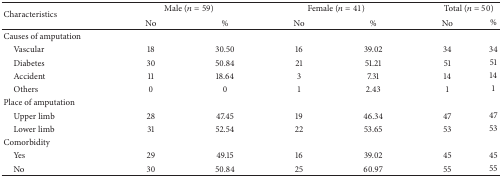
<table><thead><tr><td rowspan="2"><b>Characteristics</b></td><td colspan="2"><b>Male (<i>n</i> = 59)</b></td><td colspan="2"><b>Female (<i>n</i> = 41)</b></td><td colspan="2"><b>Total (<i>n</i> = 50)</b></td></tr><tr><td><b>No</b></td><td><b>%</b></td><td><b>No</b></td><td><b>%</b></td><td><b>No</b></td><td><b>%</b></td></tr></thead><tbody><tr><td>Causes of amputation</td><td> </td><td> </td><td> </td><td> </td><td> </td><td> </td></tr><tr><td> Vascular</td><td>18</td><td>30.50</td><td>16</td><td>39.02</td><td>34</td><td>34</td></tr><tr><td> Diabetes</td><td>30</td><td>50.84</td><td>21</td><td>51.21</td><td>51</td><td>51</td></tr><tr><td> Accident</td><td>11</td><td>18.64</td><td>3</td><td>7.31</td><td>14</td><td>14</td></tr><tr><td> Others</td><td>0</td><td>0</td><td>1</td><td>2.43</td><td>1</td><td>1</td></tr><tr><td>Place of amputation</td><td> </td><td> </td><td> </td><td> </td><td> </td><td> </td></tr><tr><td> Upper limb</td><td>28</td><td>47.45</td><td>19</td><td>46.34</td><td>47</td><td>47</td></tr><tr><td> Lower limb</td><td>31</td><td>52.54</td><td>22</td><td>53.65</td><td>53</td><td>53</td></tr><tr><td>Comorbidity</td><td> </td><td> </td><td> </td><td> </td><td> </td><td> </td></tr><tr><td> Yes</td><td>29</td><td>49.15</td><td>16</td><td>39.02</td><td>45</td><td>45</td></tr><tr><td> No</td><td>30</td><td>50.84</td><td>25</td><td>60.97</td><td>55</td><td>55</td></tr></tbody></table>